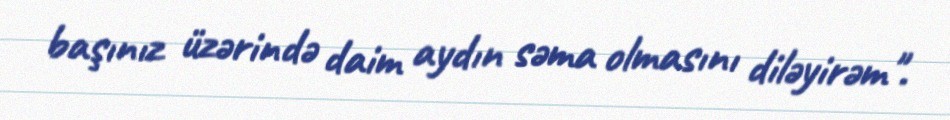
başınız üzərində daim aydın səma olmasını diləyirəm".